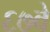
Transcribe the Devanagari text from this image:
६७वे